Vaccine operations Central Provinces 1868-1885 - 1868-1885
Year: 1868
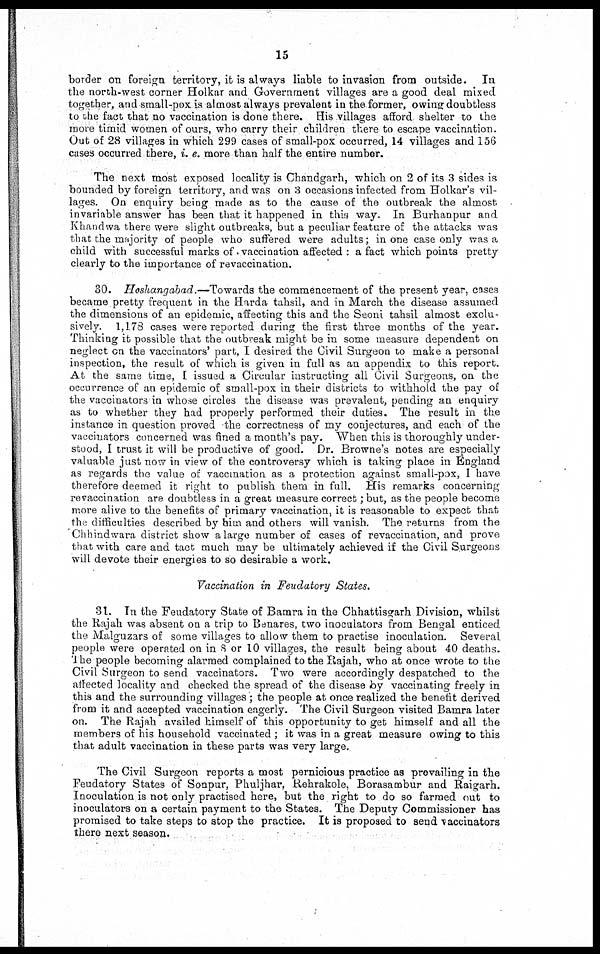
15
border on foreign territory, it is always liable to invasion from outside. In
the north-west corner Holkar and Government villages are a good deal mixed
together, and small-pox is almost always prevalent in the former, owing doubtless
to the fact that no vaccination is done there. His villages afford shelter to the
more timid women of ours, who carry their children there to escape vaccination.
Out of 28 villages in which 299 cases of small-pox occurred, 14 villages and 156
cases occurred there, i. e. more than half the entire number.
The next most exposed locality is Chandgarh, which on 2 of its 3 sides is
bounded by foreign territory, and was on 3 occasions infected from Holkar's vil-
lages. On enquiry being made as to the cause of the outbreak the almost,
invariable answer has been that it happened in this way. In Burhanpur and
Khandwa there were slight outbreaks, but a peculiar feature of the attacks was
that the majority of people who suffered were adults; in one case only was a
child with successful marks of vaccination affected : a fact which points pretty
clearly to the importance of revaccination.
30. Hoshangabad.—Towards the commencement of the present year, cases
became pretty frequent in the Harda tahsil, and in March the disease assumed
the dimensions of an epidemic, affecting this and the Seoni tahsil almost exclu-
sively. 1,178 cases were reported during the first three months of the year.
Thinking it possible that the outbreak might be in some measure dependent on
neglect on the vaccinators' part, I desired the Civil Surgeon to make a personal
inspection, the result of which is given in full as an appendix to this report.
At the same time, I issued a Circular instructing all Civil Surgeons, on the
occurrence of an epidemic of small-pox in their districts to withhold the pay of
the vaccinators in whose circles the disease was prevalent, pending an enquiry
as to whether they had properly performed their duties. The result in the
instance in question proved the correctness of my conjectures, and each of the
vaccinators concerned was fined a month's pay. When this is thoroughly under-
stood, I trust it will be productive of good. Dr. Browne's notes are especially
valuable just now in view of the controversy which is taking place in England
as regards the value of vaccination as a protection against small-pox, I have
therefore deemed it right to publish them in full. His remarks concerning
revaccination are doubtless in a great measure correct; but, as the people become
more alive to the benefits of primary vaccination, it is reasonable to expect that
the difficulties described by him and others will vanish. The returns from the
Chhindwara district show a large number of cases of revaccination, and prove
that with care and tact much may be ultimately achieved if the Civil Surgeons
will devote their energies to so desirable a work.
Vaccination in Feudatory States.
31. In the Feudatory State of Bamra in the Chhattisgarh Division, whilst
the Rajah was absent on a trip to Benares, two inoculators from Bengal enticed
the Malguzars of some villages to allow them to practise inoculation. Several
people were operated on in 8 or 10 villages, the result being about 40 deaths.
The people becoming alarmed complained to the Rajah, who at once wrote to the
Civil Surgeon to send vaccinators. Two were accordingly despatched to the
affected locality and checked the spread of the disease by vaccinating freely in
this and the surrounding villages; the people at once realized the benefit derived
from it and accepted vaccination eagerly. The Civil Surgeon visited Bamra later
on. The Rajah availed himself of this opportunity to get himself and all the
members of his household vaccinated ; it was in a great measure owing to this
that adult vaccination in these parts was very large.
The Civil Surgeon reports a most pernicious practice as prevailing in the
Feudatory States of Sonpur, Phuljhar, Rehrakole, Borasambur and Raigarh.
Inoculation is not only practised here, but the right to do so farmed out to
inoculators on a certain payment to the States. The Deputy Commissioner has
promised to take steps to stop the practice. It is proposed to send "vaccinators
there next season.